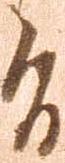
旨